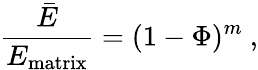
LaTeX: \frac{\bar{E}}{E_{\textup{matrix}}}=(1-\Phi)^{m}\ ,